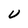
Character: U